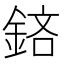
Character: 𨦽